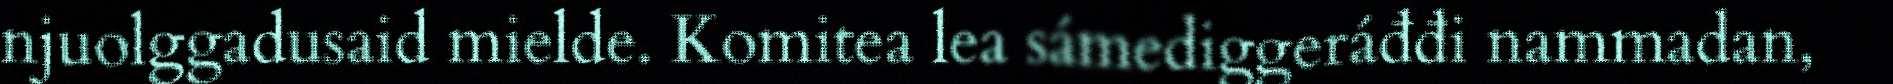
njuolggadusaid mielde. Komitea lea sámediggeráđđi nammadan,